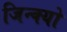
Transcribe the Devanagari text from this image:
जिन्क्यो